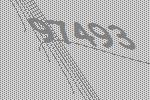
97493